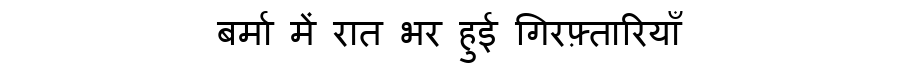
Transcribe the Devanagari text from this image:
बर्मा में रात भर हुई गिरफ़्तारियाँ